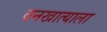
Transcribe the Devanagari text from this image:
वनखात्याला